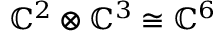
\mathbb { C } ^ { 2 } \otimes \mathbb { C } ^ { 3 } \cong \mathbb { C } ^ { 6 }